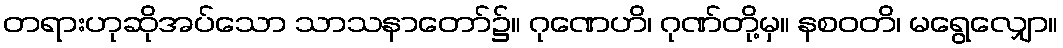
တရားဟုဆိုအပ်သော သာသနာတော်၌။ ဂုဏေဟိ၊ ဂုဏ်တို့မှ။ နစဝတိ၊ မရွေလျှော။